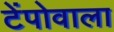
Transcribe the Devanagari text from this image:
टेंपोवाला